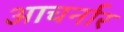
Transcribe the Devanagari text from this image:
आचर्नार